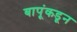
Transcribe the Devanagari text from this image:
बापूंकडून